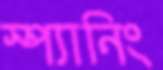
স্প্যানিং